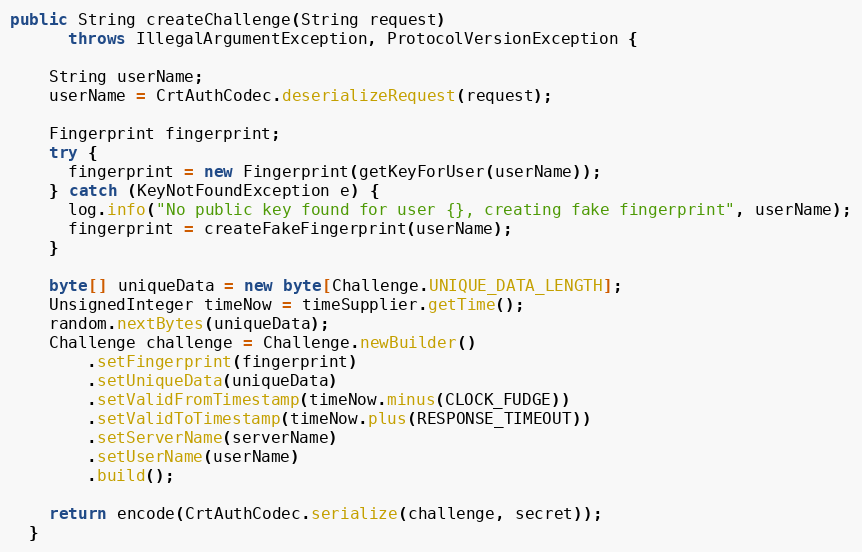
Language: Java
public String createChallenge(String request)
      throws IllegalArgumentException, ProtocolVersionException {

    String userName;
    userName = CrtAuthCodec.deserializeRequest(request);

    Fingerprint fingerprint;
    try {
      fingerprint = new Fingerprint(getKeyForUser(userName));
    } catch (KeyNotFoundException e) {
      log.info("No public key found for user {}, creating fake fingerprint", userName);
      fingerprint = createFakeFingerprint(userName);
    }

    byte[] uniqueData = new byte[Challenge.UNIQUE_DATA_LENGTH];
    UnsignedInteger timeNow = timeSupplier.getTime();
    random.nextBytes(uniqueData);
    Challenge challenge = Challenge.newBuilder()
        .setFingerprint(fingerprint)
        .setUniqueData(uniqueData)
        .setValidFromTimestamp(timeNow.minus(CLOCK_FUDGE))
        .setValidToTimestamp(timeNow.plus(RESPONSE_TIMEOUT))
        .setServerName(serverName)
        .setUserName(userName)
        .build();

    return encode(CrtAuthCodec.serialize(challenge, secret));
  }